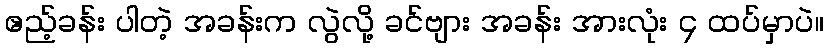
ဧည့်ခန်း ပါတဲ့ အခန်းက လွဲလို့ ခင်ဗျား အခန်း အားလုံး ၄ ထပ်မှာပဲ။